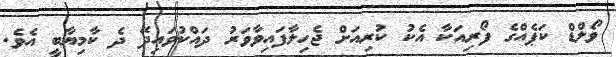
ވޯލްޑް ކަޕެއްގެ ފޯރިއަކާ އެކު ކުރިއަށް ޖެހިލާފައިވާވަރު ދައްކުވައިދޭ ދެ ކާމިޔާބީ އެވެ.